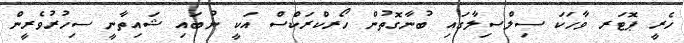
ހެރީ ޕޮޓަރ ވާހަކަ ސިލްސިލާގައި ބުނާގޮތުން ހޯރކްރަކްސް އަކީ ނުބައި ޝައިތާނީ ސިހުރުވެރީން